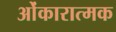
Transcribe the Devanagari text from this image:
ओंकारात्मक